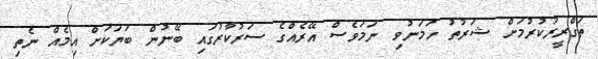
ތަގްރީރުކުރުމަށް ޝަރުތު ހަމަނުވި ނަމަވެސް އޭރެއްގެ ސަރުކާރުގައި ބޭނުން ބަޔަކަށް އިމެއް ނެތި